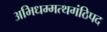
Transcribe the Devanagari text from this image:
अभिधम्मत्थगंठिपद